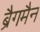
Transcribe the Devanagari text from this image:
ब्रैगमैन